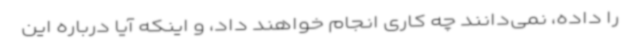
را داده، نمی‌دانند چه کاری انجام خواهند داد، و اینکه آیا درباره این